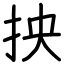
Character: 抰